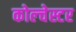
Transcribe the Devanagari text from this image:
कोल्चेस्टर